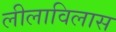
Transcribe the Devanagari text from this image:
लीलाविलास